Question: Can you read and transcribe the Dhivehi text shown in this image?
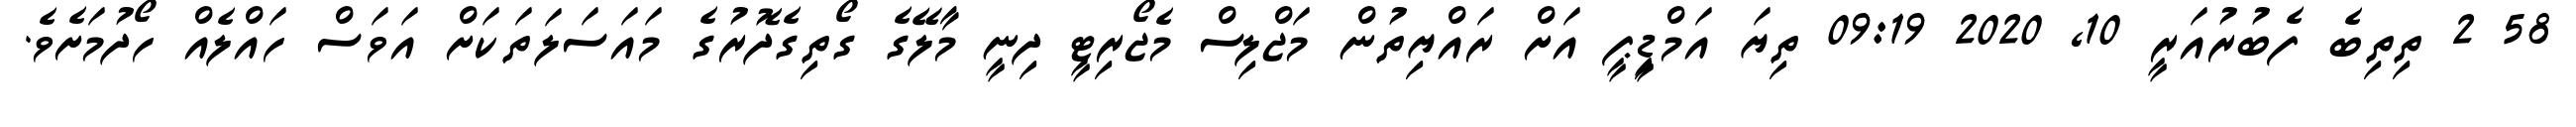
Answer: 58 2 ތިތިބެ ފެބުރުއަރީ 10, 2020 09:19 ތިޔަ އަމްޑިީޕީ އަށް ރައްޔިތުން މަޖްލިސް މެޖޯރިޓީ ދިނީ މާލޭގެ ގޯތިގެދޮރުގެ މައަސަލަތަކަށް އަވަސް ހައްލެއް ހޯދުމަށެވެ.